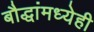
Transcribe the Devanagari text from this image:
बौद्धांमध्येही